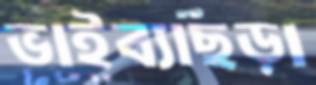
ভাইব্যাছড়া